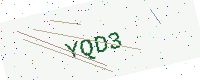
Text: YQD3